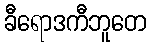
ခီရောဒကီဘူတေ